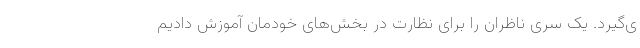
ی‌گیرد. یک سری ناظران را برای نظارت در بخش‌های خودمان آموزش دادیم